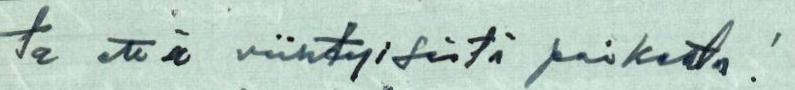
ta että viihtyisestä paikasta !